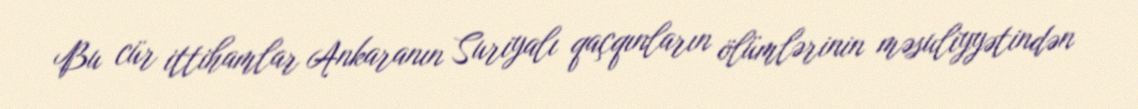
Bu cür ittihamlar Ankaranın Suriyalı qaçqınların ölümlərinin məsuliyyətindən